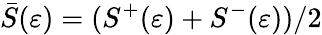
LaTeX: \bar{S}(\varepsilon)=(S^{+}(\varepsilon)+S^{-}(\varepsilon))/2